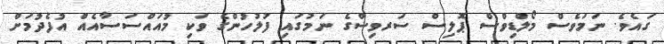
ގައެވެ. ނަމަވެސް މޯލްޑިވްސް ޕޮލިސް ސަރވިސްގެ ނަމުގައި ފުލުހުންގެ ވަކި މުއައްސަސާއެއް އުފެދުމަށް